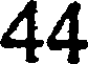
44